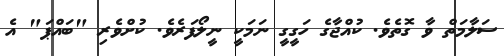
ސަލާމަތް ވާ ގޮތެވެ. ކުއްޖާގެ ހަގީގީ ނަމަކީ ނީލޯފަރެވެ. ކުށްވެރި "ބައްޕަ" އެ